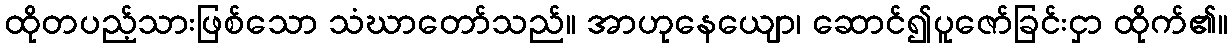
ထိုတပည့်သားဖြစ်သော သံဃာတော်သည်။ အာဟုနေယျော၊ ဆောင်၍ပူဇော်ခြင်းငှာ ထိုက်၏။